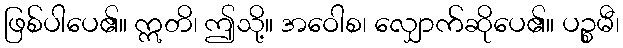
ဖြစ်ပါပေ၏။ ဣတိ၊ ဤသို့။ အဝေါစ၊ လျှောက်ဆိုပေ၏။ ပဉ္စမီ၊